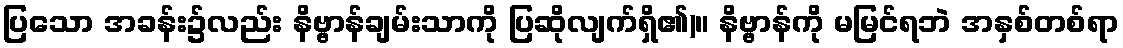
ပြသော အခန်း၌လည်း နိဗ္ဗာန်ချမ်းသာကို ပြဆိုလျက်ရှိ၏)။ နိဗ္ဗာန်ကို မမြင်ရဘဲ အနှစ်တစ်ရာ